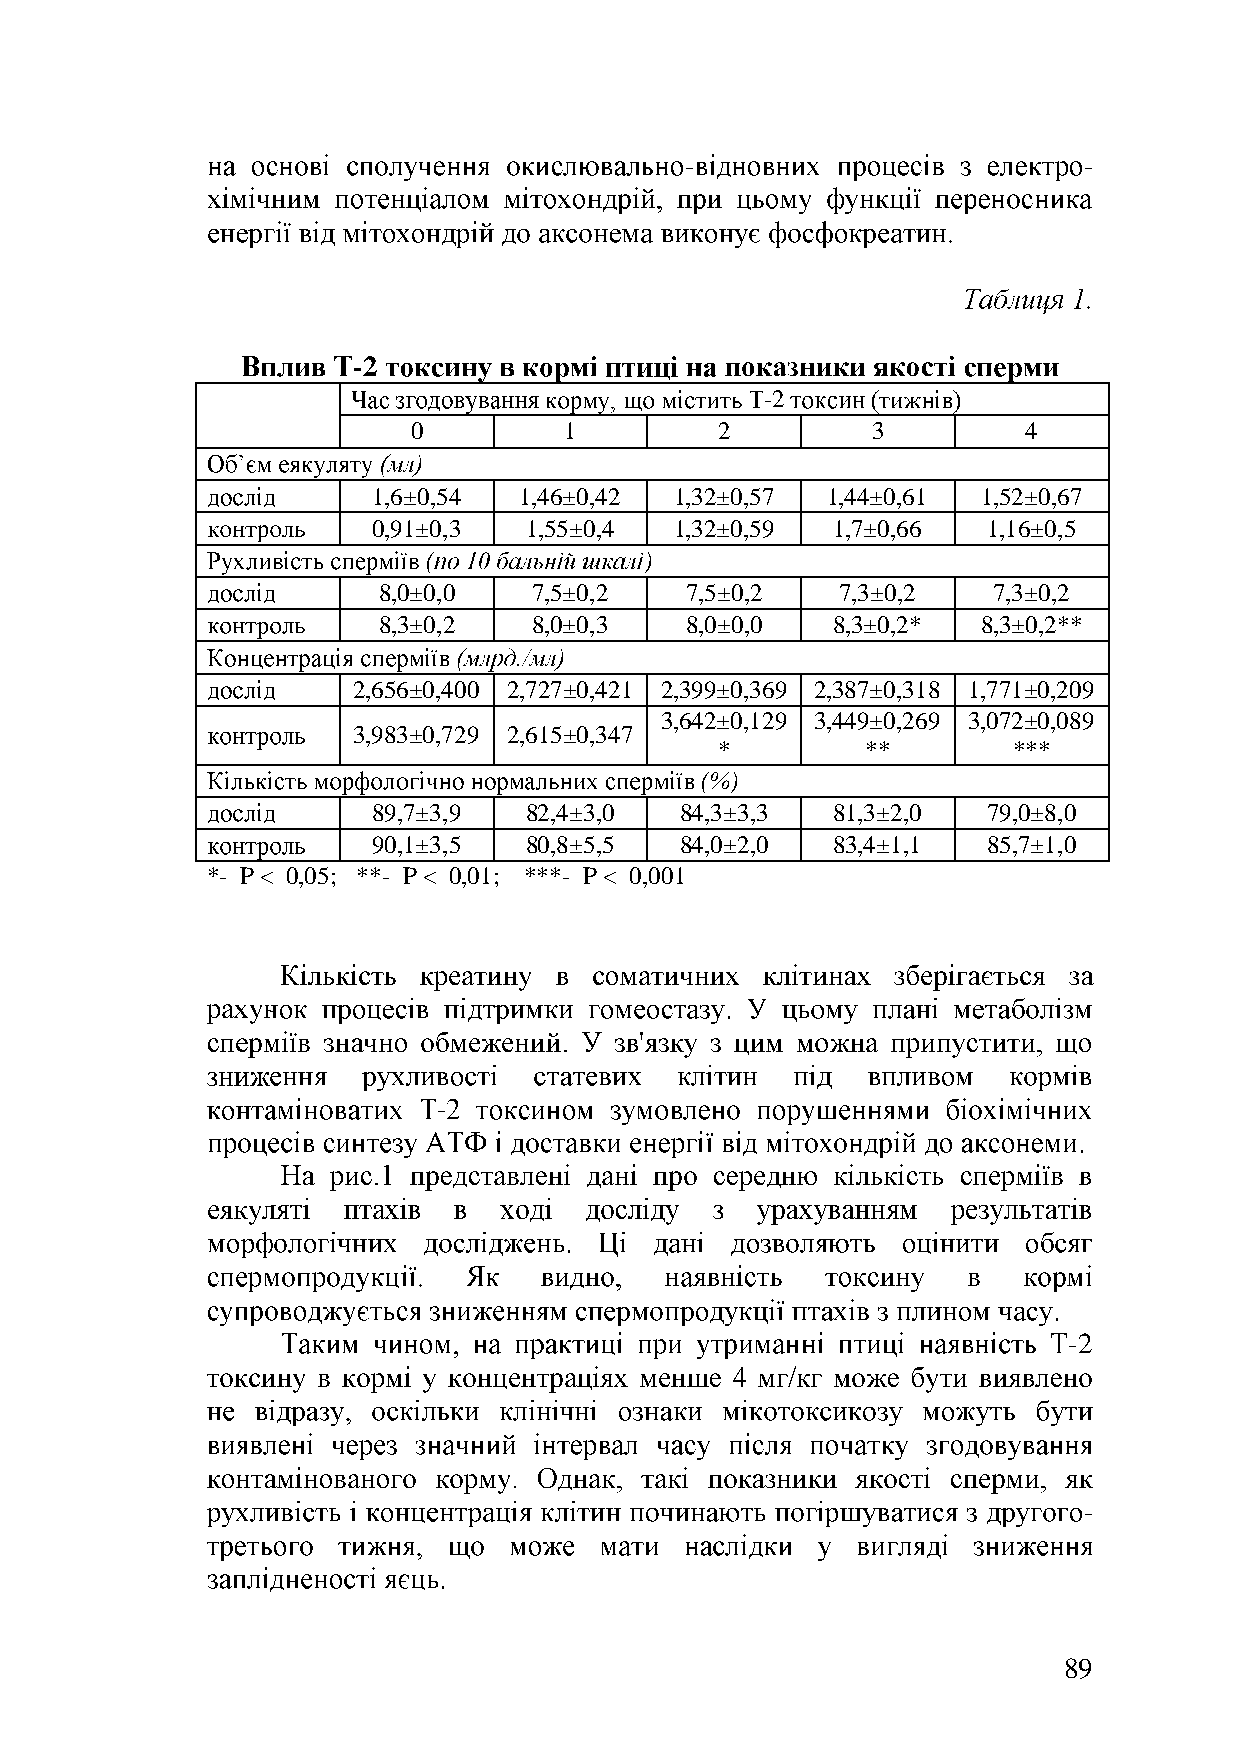
-                          -
 -2
 -2
 0         1          2         3         4
 1,6±0,54 1,46±0,42  1,32±0,57 1,44±0,61 1,52±0,67
 0,91±0,3  1,55±0,4  1,32±0,59 1,7±0,66  1,16±0,5
 (              )
 8,0±0,0   7,5±0,2   7,5±0,2    7,3±0,2   7,3±0,2
 8,3±0,2   8,0±0,3   8,0±0,0   8,3±0,2*  8,3±0,2**
 2,656±0,400 2,727±0,421 2,399±0,369 2,387±0,318 1,771±0,209
 3,642±0,129 3,449±0,269 3,072±0,089
 3,983±0,729 2,615±0,347
 *        **        ***
 (%)
 89,7±3,9  82,4±3,0  84,3±3,3  81,3±2,0  79,0±8,0
 90,1±3,5  80,8±5,5  84,0±2,0  83,4±1,1  85,7±1,0
 *- P < 0,05; **- P < 0,01; ***- P < 0,001
 -
 -2
 -
 89